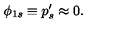
\phi _ { 1 s } \equiv p _ { s } ^ { \prime } \approx 0 .